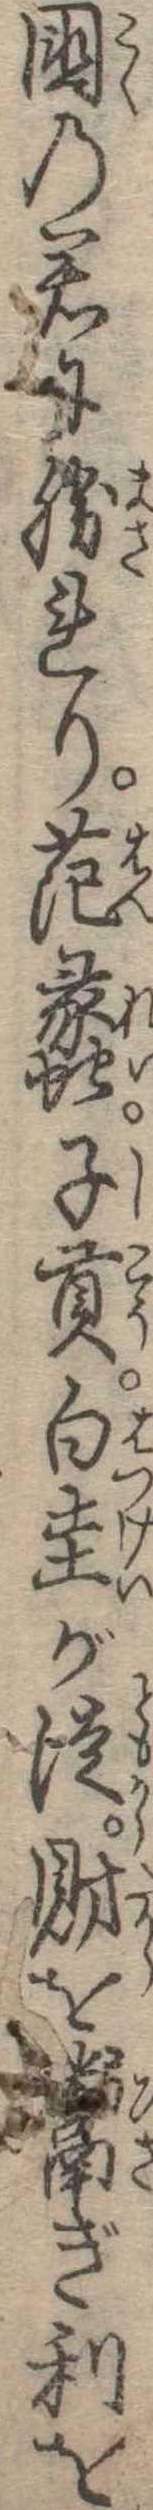
国の君に勝れり范蠡子貢白圭が徒財を粥ぎ利を